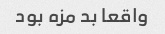
واقعا بد مزه بود